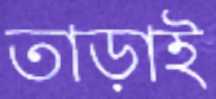
তাড়াই